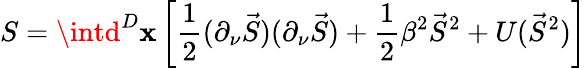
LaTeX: S=\intd^{D}\mathbf{x}\left[\frac{1}{2}(\partial_{\nu}\vec{{S}})(\partial_{\nu}\vec{{S}})+\frac{1}{2}\beta^{2}\vec{{S}}^{2}+U(\vec{{S}}^{2})\right]